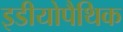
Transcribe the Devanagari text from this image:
इडीयोपैथिक